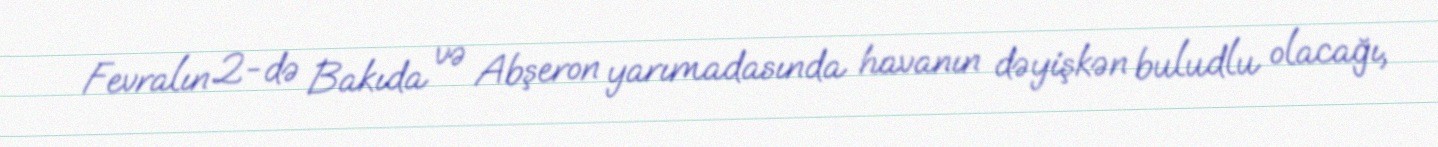
Fevralın 2-də Bakıda və Abşeron yarımadasında havanın dəyişkən buludlu olacağı,